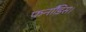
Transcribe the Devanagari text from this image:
फर्नांडिस।